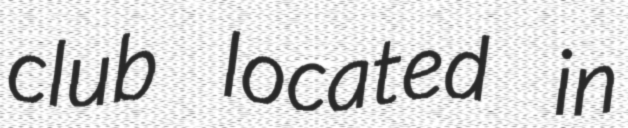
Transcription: club located in